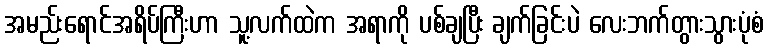
အမည်းရောင်အရိပ်ကြီးဟာ သူ့လက်ထဲက အရာကို ပစ်ချပြီး ချက်ခြင်းပဲ လေးဘက်တွားသွားပုံစံ